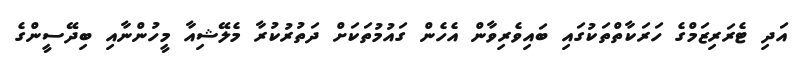
އަދި ޓެރަރިޒަމްގެ ހަރަކާތްތަކުގައި ބައިވެރިވާން އެހެން ގައުމުތަކަށް ދަތުރުކުރާ މެލޭޝިއާ މީހުންނާއި ބިދޭސީންގެ